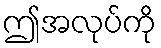
ဤအလုပ်ကို